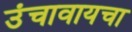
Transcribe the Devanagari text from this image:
उंचावायचा